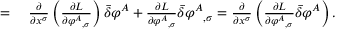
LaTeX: \begin{array} { r l } { = { } } & { { } { \frac { \partial } { \partial x ^ { \sigma } } } \left( { \frac { \partial L } { \partial { \varphi ^ { A } } _ { , \sigma } } } \right) { \bar { \delta } } \varphi ^ { A } + { \frac { \partial L } { \partial { \varphi ^ { A } } _ { , \sigma } } } { \bar { \delta } } { \varphi ^ { A } } _ { , \sigma } = { \frac { \partial } { \partial x ^ { \sigma } } } \left( { \frac { \partial L } { \partial { \varphi ^ { A } } _ { , \sigma } } } { \bar { \delta } } \varphi ^ { A } \right) . } \end{array}